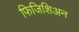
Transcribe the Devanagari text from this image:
फिजिशिअन